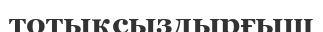
тотықсыздырғыш